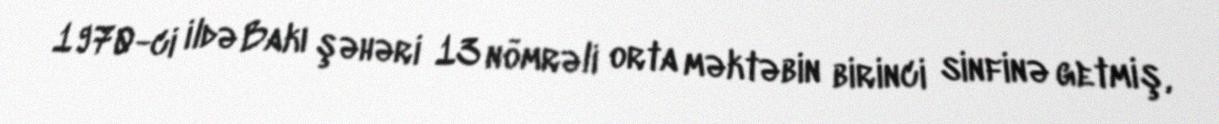
1970-ci ildə Bakı şəhəri 13 nömrəli orta məktəbin birinci sinfinə getmiş,